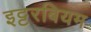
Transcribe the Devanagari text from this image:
इट्टरबियम